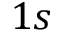
1 s